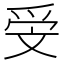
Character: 𣁍